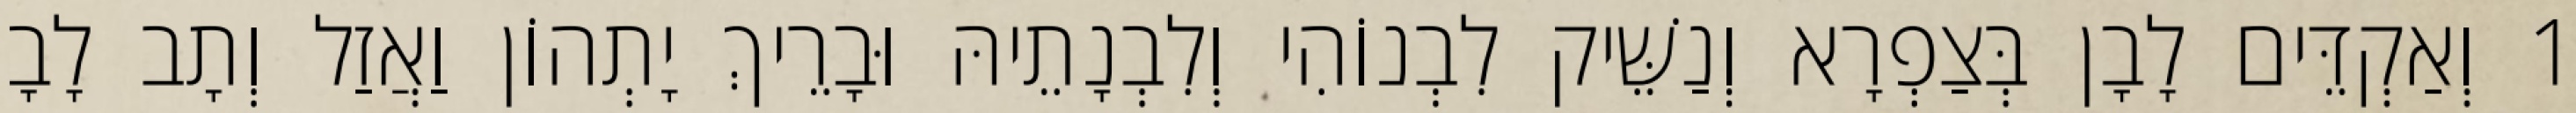
1 וְאַקְדֵּים לָבָן בְּצַפְרָא וְנַשֵּׁיק לִבְנוֹהִי וְלִבְנָתֵיהּ וּבָרֵיךְ יָתְהוֹן וַאֲזַל וְתָב לָבָן